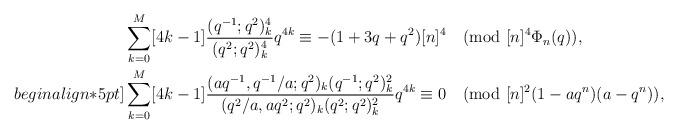
LaTeX: \begin{align*}&\sum_{k=0}^{M}[4k-1]\frac{(q^{-1};q^2)_k^4}{(q^2;q^2)_k^4}q^{4k}\equiv-(1+3q+q^2)[n]^4\pmod{[n]^4\Phi_n(q)},\\begin{align*}5pt]&\sum_{k=0}^{M}[4k-1]\frac{(aq^{-1},q^{-1}/a;q^2)_k(q^{-1};q^2)_k^2}{(q^{2}/a,aq^2;q^2)_k(q^2;q^2)_k^2}q^{4k}\equiv0\pmod{[n]^2(1-aq^n)(a-q^n)}, \end{align*}